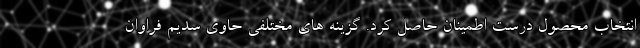
انتخاب محصول درست اطمینان حاصل کرد. گزینه های مختلفی حاوی سدیم فراوان